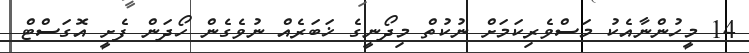
14 މީހުންނާއެކު މަސްވެރިކަމަށް ނުކުތް މިދޯނީގެ ޚަބަރެއް ނުވެގެން ހޯދަން ފެށީ އޮގަސްޓް